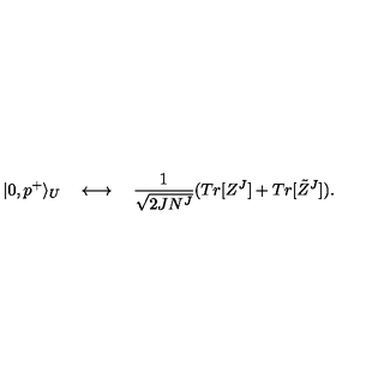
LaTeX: | 0 , p ^ { + } \rangle _ { U } \quad \longleftrightarrow \quad { \frac { 1 } { \sqrt { 2 J N ^ { J } } } } ( T r [ Z ^ { J } ] + T r [ \tilde { Z } ^ { J } ] ) .